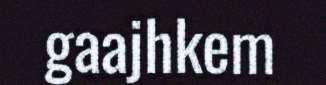
gaajhkem